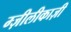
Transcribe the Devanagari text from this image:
म्ज़ीलीकाज़ी